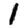
Digit: 1